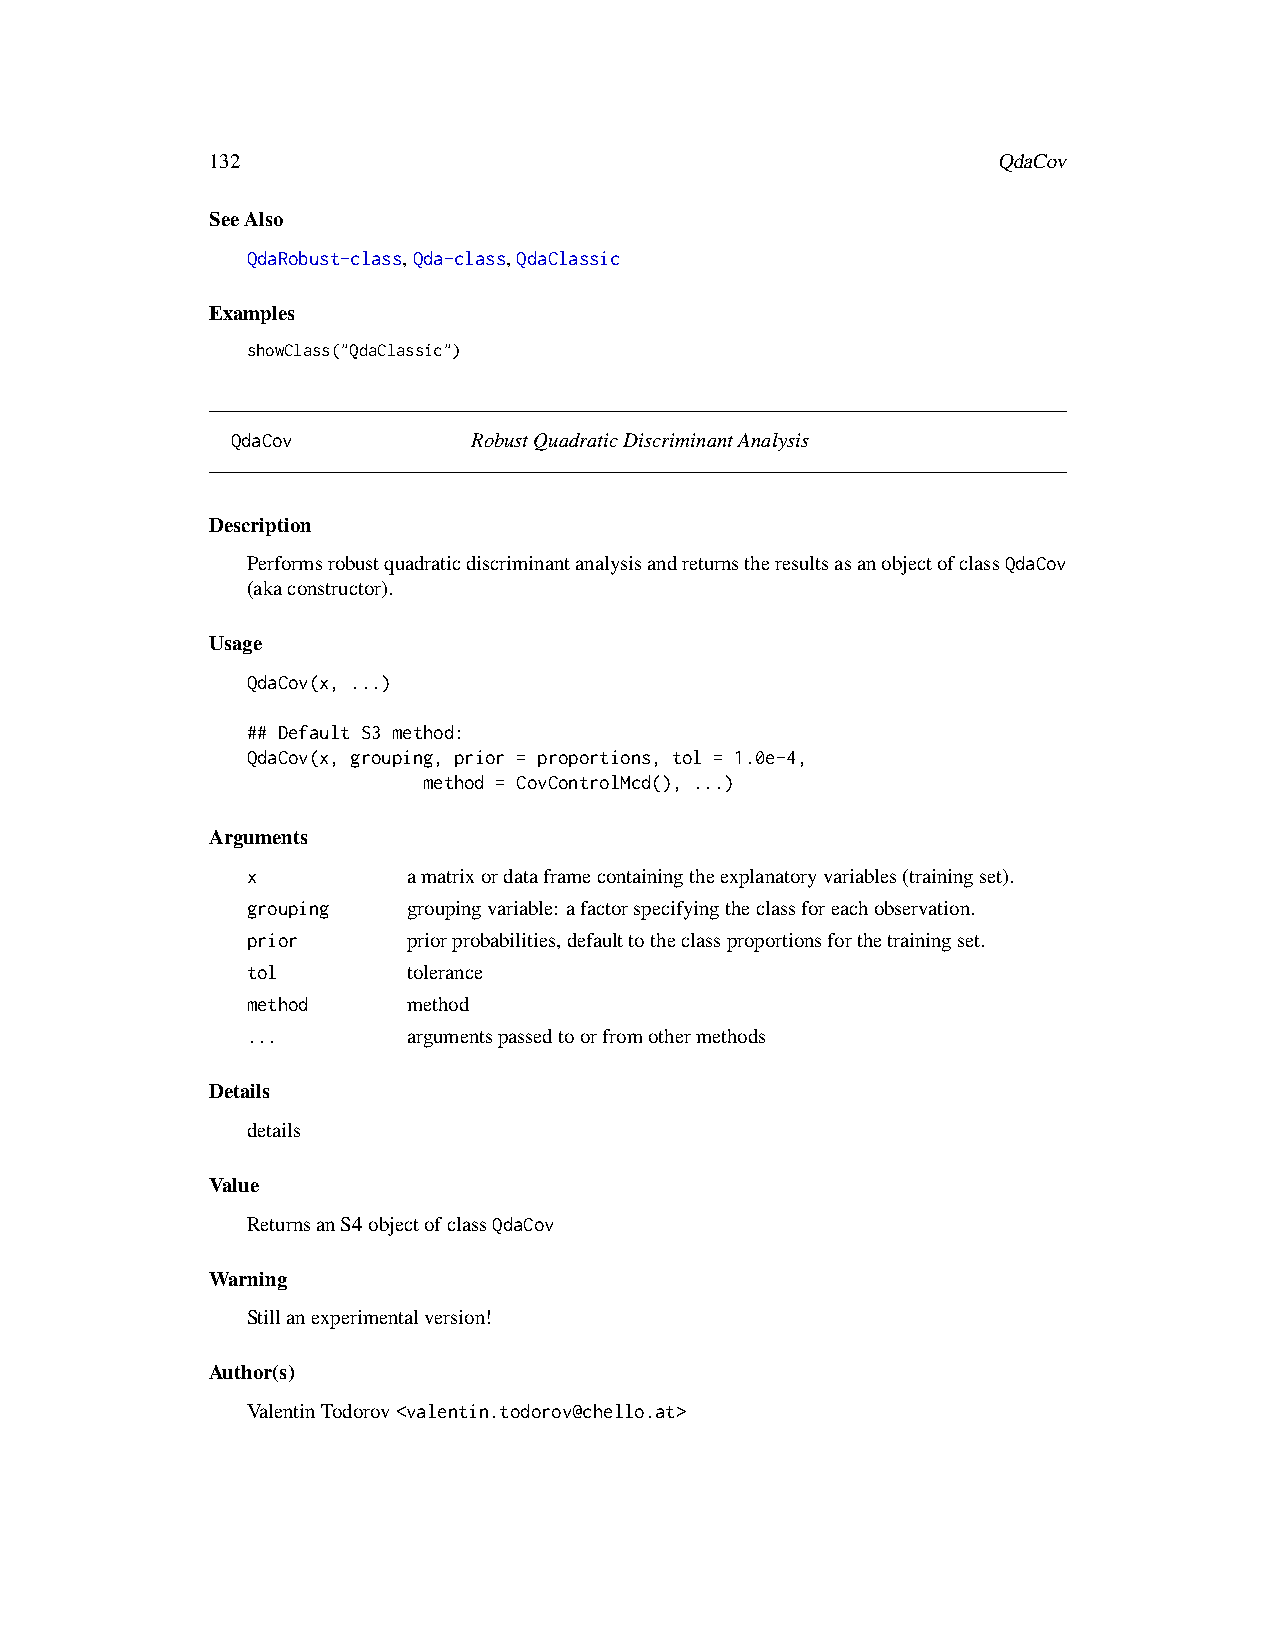
132                                                 QdaCov
 SeeAlso
 QdaRobust-class,Qda-class,QdaClassic
 Examples
 showClass("QdaClassic")
 QdaCov          RobustQuadraticDiscriminantAnalysis
 Description
 PerformsrobustquadraticdiscriminantanalysisandreturnstheresultsasanobjectofclassQdaCov
 (akaconstructor).
 Usage
 QdaCov(x, ...)
 ## Default S3 method:
 QdaCov(x, grouping, prior = proportions, tol = 1.0e-4,
 method = CovControlMcd(), ...)
 Arguments
 x          amatrixordataframecontainingtheexplanatoryvariables(trainingset).
 grouping   groupingvariable: afactorspecifyingtheclassforeachobservation.
 prior      priorprobabilities,defaulttotheclassproportionsforthetrainingset.
 tol        tolerance
 method     method
 ...        argumentspassedtoorfromothermethods
 Details
 details
 Value
 ReturnsanS4objectofclassQdaCov
 Warning
 Stillanexperimentalversion!
 Author(s)
 ValentinTodorov<valentin.todorov@chello.at>